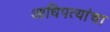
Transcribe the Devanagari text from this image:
आधिपत्यांचा